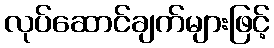
လုပ်ဆောင်ချက်များဖြင့်